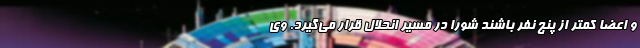
و اعضا کمتر از پنج نفر باشند شورا در مسیر انحلال قرار می‌گیرد. وی